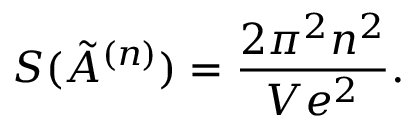
{ \cal S } ( \tilde { A } ^ { ( n ) } ) = \frac { 2 \pi ^ { 2 } n ^ { 2 } } { V e ^ { 2 } } .